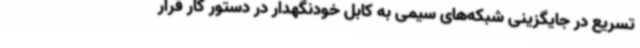
تسریع در جایگزینی ‌شبکه‌های سیمی به کابل خودنگهدار در دستور کار قرار